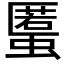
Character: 𧏾